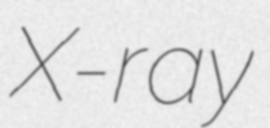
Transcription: X-ray